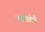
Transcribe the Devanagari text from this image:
मराठीबोली